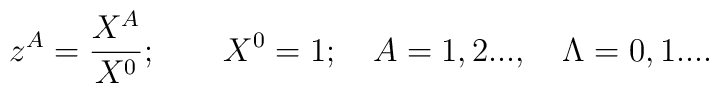
z^A={X^A \over X^0}; \qquad  X^0=1; \quad A=1,2... ,\quad \Lambda=0,1... .